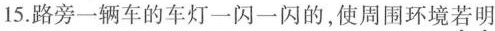
15.路旁一辆车的车灯一闪一闪的，使周围环境若明